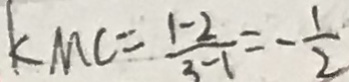
k M C = \frac { 1 - 2 } { 3 - 1 } = - \frac { 1 } { 2 }